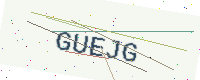
Text: GUEJG